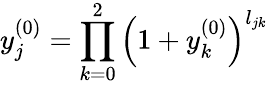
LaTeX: y_{j}^{(0)}=\prod_{k=0}^{2}\left(1+y_{k}^{(0)}\right)^{l_{jk}}